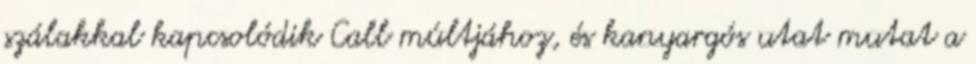
szálakkal kapcsolódik Call múltjához, és kanyargós utat mutat a